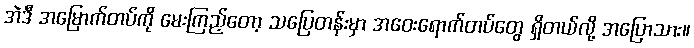
အဲဒီ အမြောက်တပ်ကို မေးကြည့်တော့ သပြေတန်းမှာ အဝေးရောက်တပ်တွေ ရှိတယ်လို့ အပြောသား။